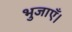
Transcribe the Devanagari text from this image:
भुजाएँ।